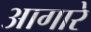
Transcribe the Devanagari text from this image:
आगारे